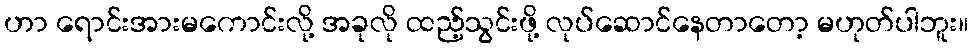
ဟာ ရောင်းအားမကောင်းလို့ အခုလို ထည့်သွင်းဖို့ လုပ်ဆောင်နေတာတော့ မဟုတ်ပါဘူး။